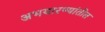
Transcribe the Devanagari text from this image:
अभयारण्यांतील